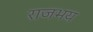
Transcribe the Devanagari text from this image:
राजभय